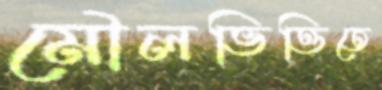
মৌলভিত্তিতে